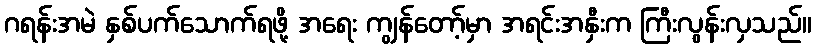
ဂရန်းအမဲ နှစ်ပက်သောက်ရဖို့ အရေး ကျွန်တော့်မှာ အရင်းအနှီးက ကြီးလွန်းလှသည်။